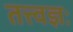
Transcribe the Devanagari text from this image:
तत्त्वज्ञः